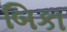
બિકા